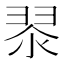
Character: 𮋀